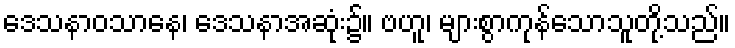
ဒေသနာဝသာနေ၊ ဒေသနာအဆုံး၌။ ဗဟူ၊ များစွာကုန်သောသူတို့သည်။